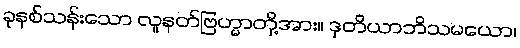
ခုနစ်သန်းသော လူနတ်ဗြဟ္မာတို့အား။ ဒုတိယာဘိသမယော၊